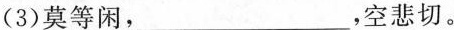
(3)莫等闲，___，空悲切。